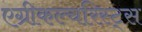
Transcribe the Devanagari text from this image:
एग्रीकल्चरिस्ट्स